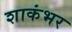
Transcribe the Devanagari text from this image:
शाकंभर